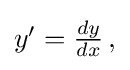
{\textstyle y'={\frac {dy}{dx}}\,,}